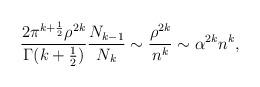
LaTeX: \begin{align*}\frac{2\pi^{k+\frac{1}{2}}\rho^{2k}}{\Gamma(k+\frac{1}{2})}\frac{N_{k-1}}{N_{k}}\sim \frac{\rho^{2k}}{n^{k}} \sim \alpha^{2k}n^{k}, \end{align*}